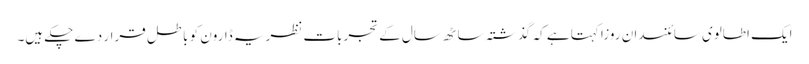
ایک اطالوی سائنسدان روزا کہتا ہے کہ گذشتہ ساٹھ سال کے تجربات نظریہ ڈارون کو باطل قرار دے چکے ہیں۔